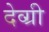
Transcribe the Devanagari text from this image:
देव्ग्री